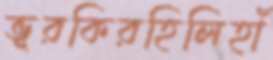
ভূরকিরহিলিহাঁ